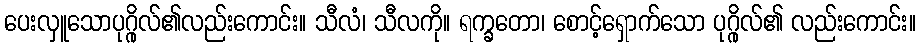
ပေးလှူသောပုဂ္ဂိုလ်၏လည်းကောင်း။ သီလံ၊ သီလကို။ ရက္ခတော၊ စောင့်ရှောက်သော ပုဂ္ဂိုလ်၏ လည်းကောင်း။